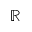
\mathbb { R }